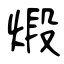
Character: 煅